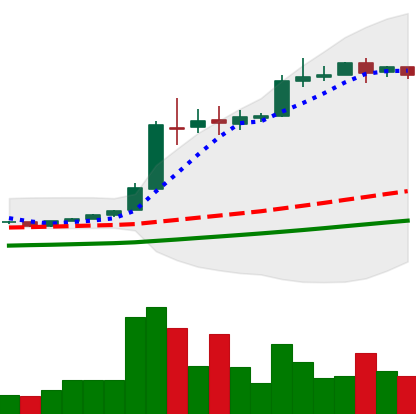
Ticker: BTC-USD
Chart end date: 2016-06-09
Forward return: 19.304%
Label: up_7plus